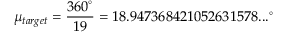
\mu _ { t a r g e t } = { \frac { 3 6 0 ^ { \circ } } { 1 9 } } = 1 8 . 9 4 7 3 6 8 4 2 1 0 5 2 6 3 1 5 7 8 . . . ^ { \circ }